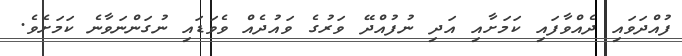
ފުއްދަވައި ދެއްވާފައި ކަމަށާއި އަދި ނުފުއްދޭ ވަރުގެ ވައުދެއް ވެވަޑައި ނުގަންނަވާނެ ކަމަށެވެ.